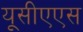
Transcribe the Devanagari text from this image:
यूसीएएस